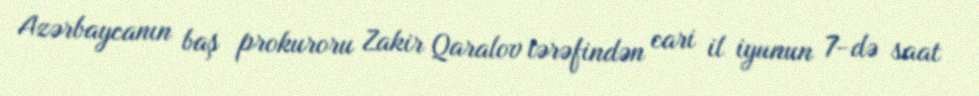
Azərbaycanın baş prokuroru Zakir Qaralov tərəfindən cari il iyunun 7-də saat